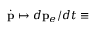
\dot { \bf p } \mapsto d { \bf p } _ { e } / d t \equiv